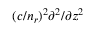
( c / n _ { r } ) ^ { 2 } \partial ^ { 2 } / \partial z ^ { 2 }